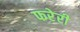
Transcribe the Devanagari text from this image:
फरेरी